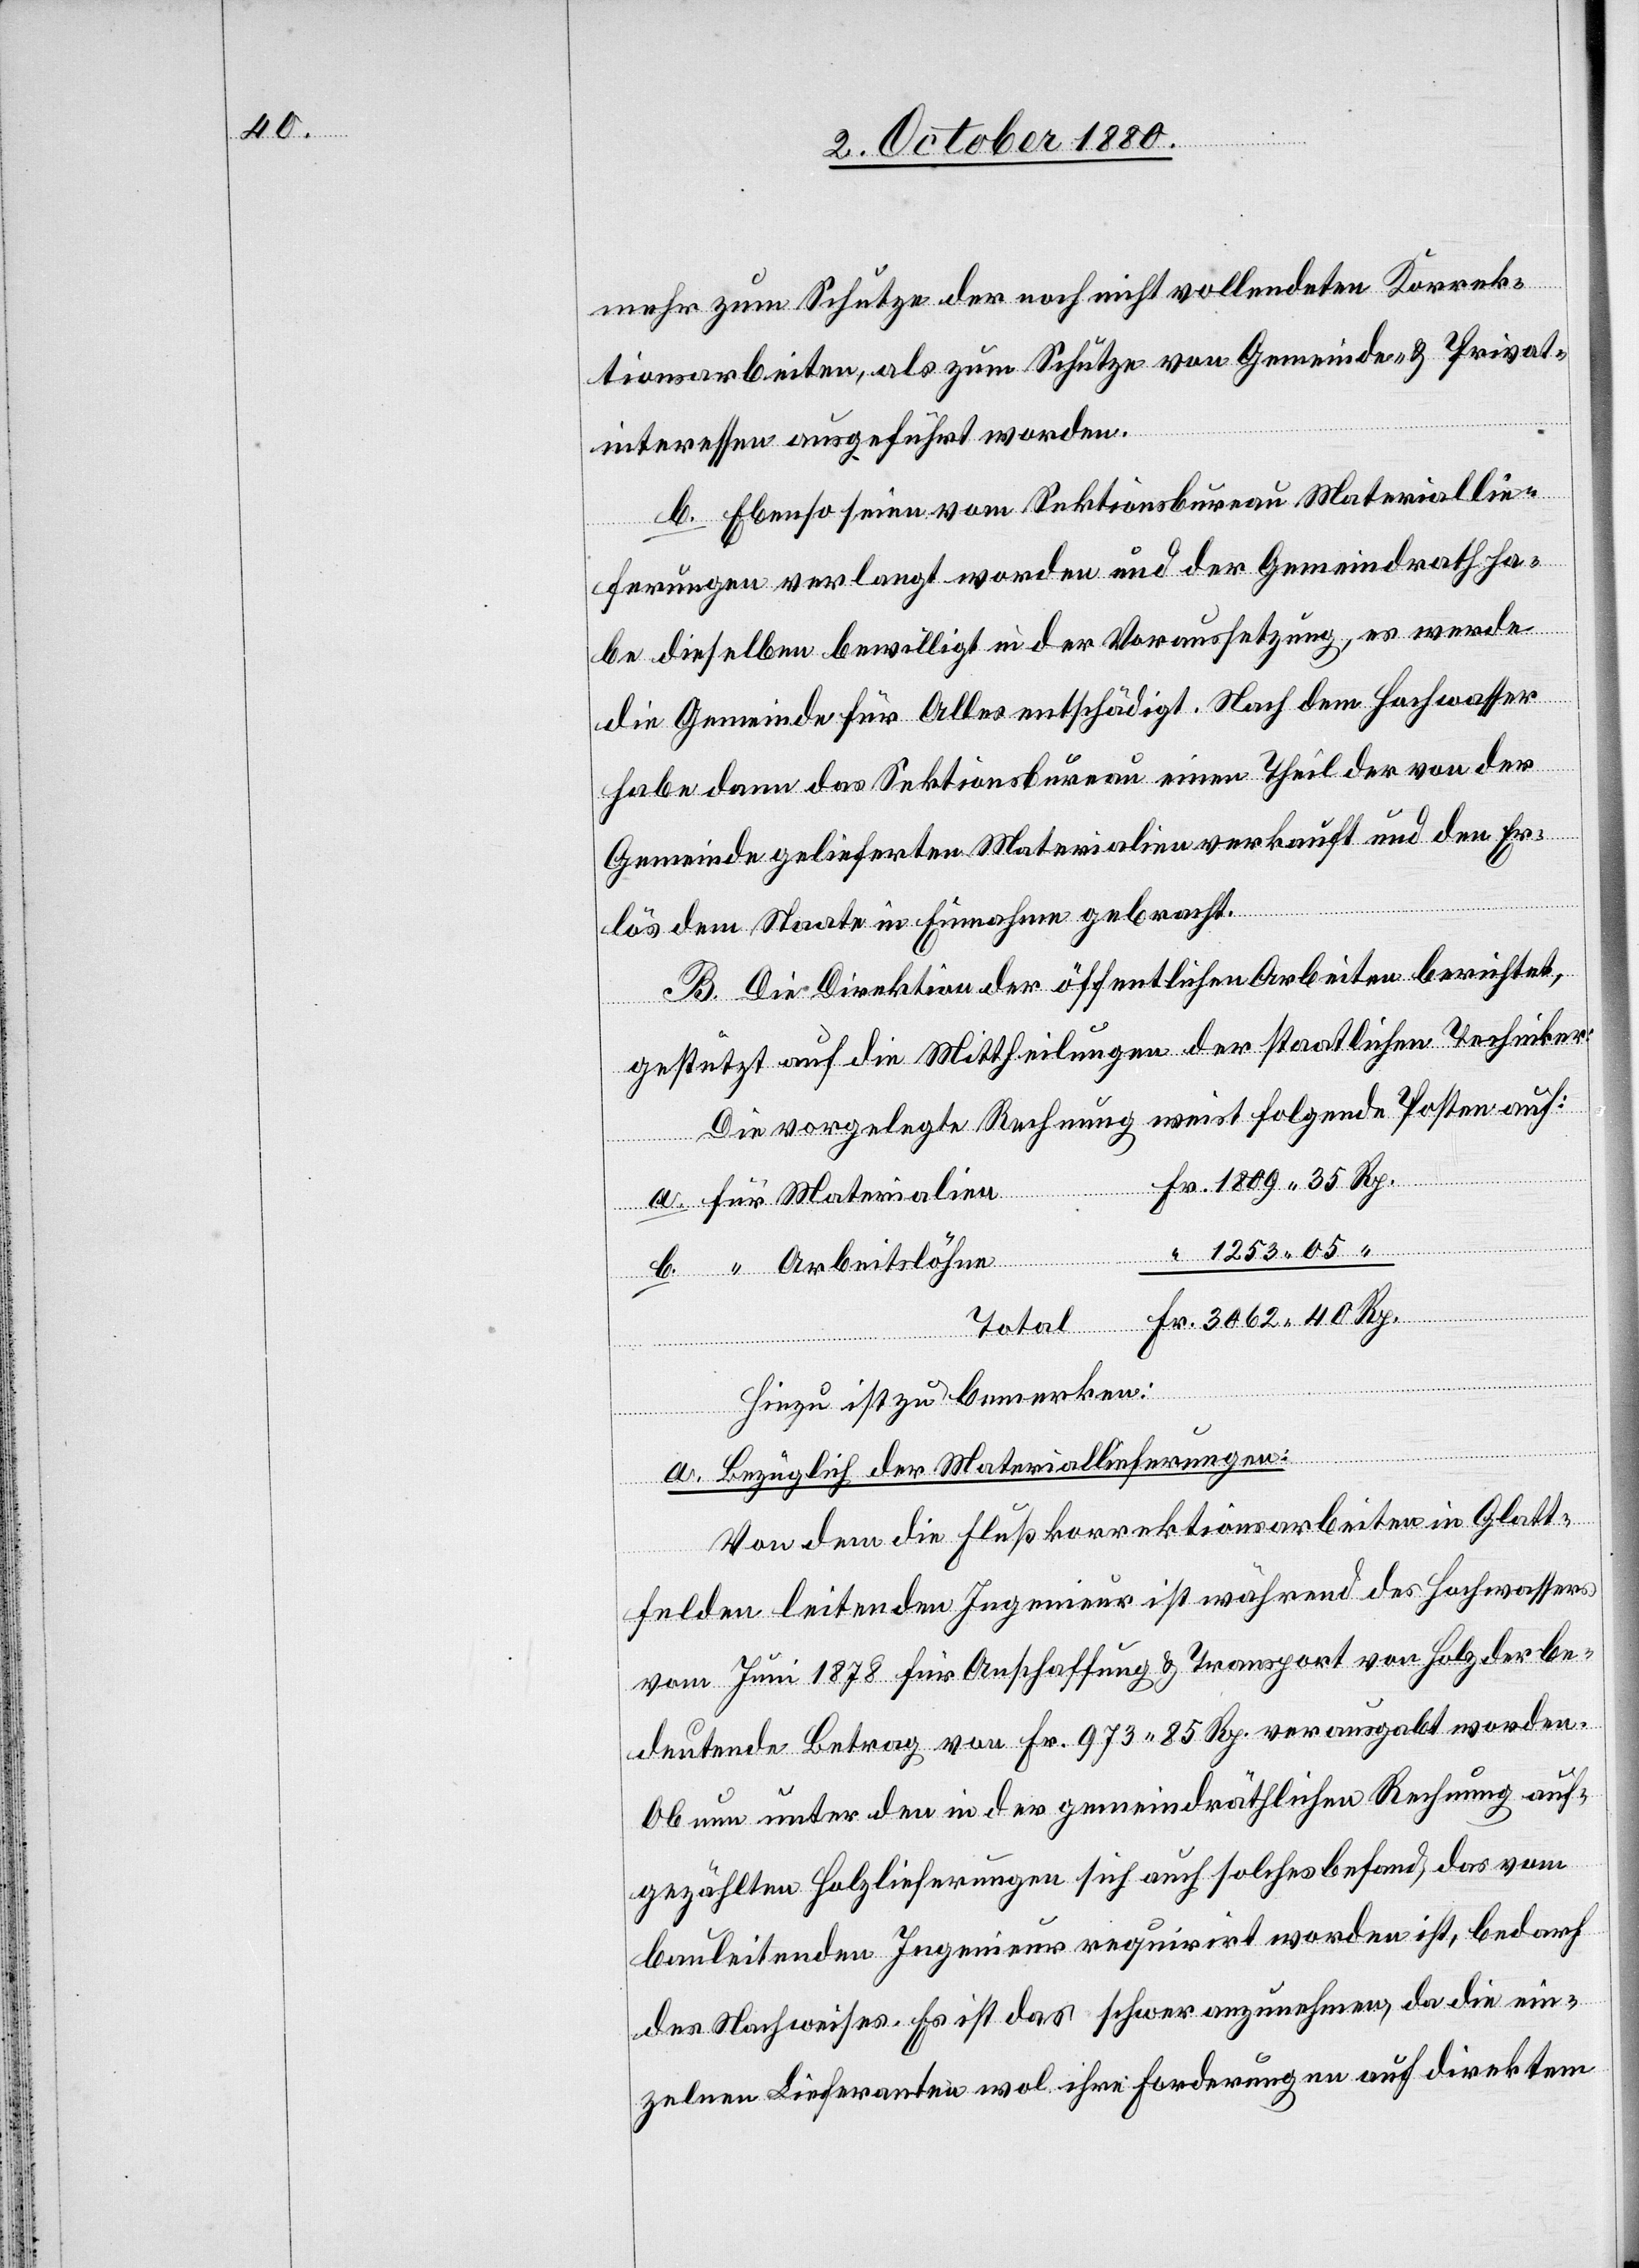
40

“

mehr zum Schutze der noch nicht vollendeten Korrek¬
tionsarbeiten, als zum Schutze von Gemeinde- & Privat¬
interessen ausgeführt worden.
b. Ebenso seien vom Sektionsbureau Materiallie¬
ferungen verlangt worden und der Gemeindrath ha¬
be dieselben bewilligt in der Voraussetzung, es werde
die Gemeinde für Alles entschädigt. Nach dem Hochwasser
3062
habe dann das Sektionsbureau einen Theil der von der
Gemeinde gelieferten Materialien verkauft und den Er¬
lös dem Staate in Einnahme gebracht.
B. Die Direktion der öffentlichen Arbeiten berichtet,
gestützt auf die Mittheilungen der staatlichen Techniker.
Die vorgelegte Rechnung weist folgende Posten auf:
für
Rp.
slöhne
Total
05
Hiezu ist zu bemerken:
a. Bezüglich Materiallieferungen:
Von dem die Flußkorrektionsarbeiten in Glatt¬
felden leitenden Ingenieur ist während des Hochwassers
vom Juni 1878 für Anschaffung & Transport von Holz der be¬
deutende Betrag von Fr. 973 85 Rp. verausgabt worden.
Ob nun unter den in der gemeindräthlichen Rechnung auf¬
gezählten Holzlieferungen sich auch solches befand, das vom
bauleitenden Ingenieur requirirt worden ist, bedarf
des Nachweises. Es ist das schwer anzunehmen, da die ein¬
zelnen Lieferanten wol ihre Forderungen auf direktem